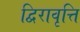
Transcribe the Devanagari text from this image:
द्विरावृत्ति